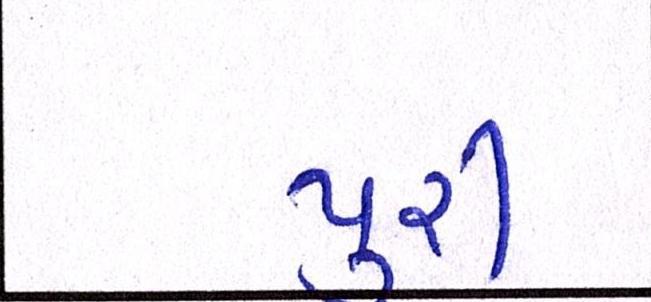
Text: પુરી